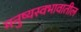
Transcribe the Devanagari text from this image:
मनुष्यस्वभावातील